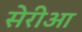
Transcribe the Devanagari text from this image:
सेरीआ